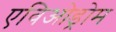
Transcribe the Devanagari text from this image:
एविओड्रोम